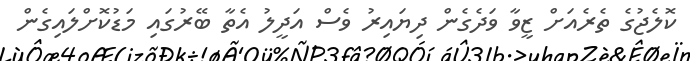
ކޮލެޖުގެ ތެރެއަށް ޒީވާ ވަދެގެން ދިޔައިރު ވެސް އަދީލު އެތާ ބޭރުގައި މަޑުކޮށްލައިގެން